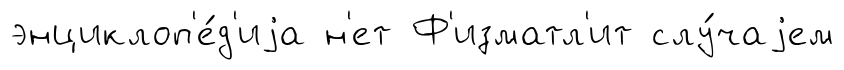
энциклоп'е́д'иjа н'ет Ф'изматл'ит слу́чаjем